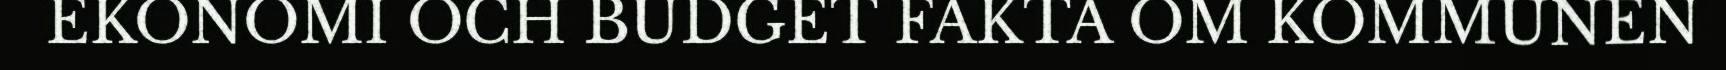
EKONOMI OCH BUDGET FAKTA OM KOMMUNEN